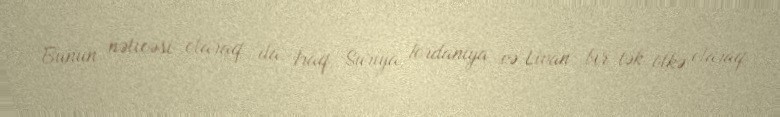
Bunun nəticəsi olaraq da İraq, Suriya, İordaniya və Livan bir tək ölkə olaraq